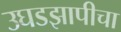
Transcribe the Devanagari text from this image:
उघडझापीचा